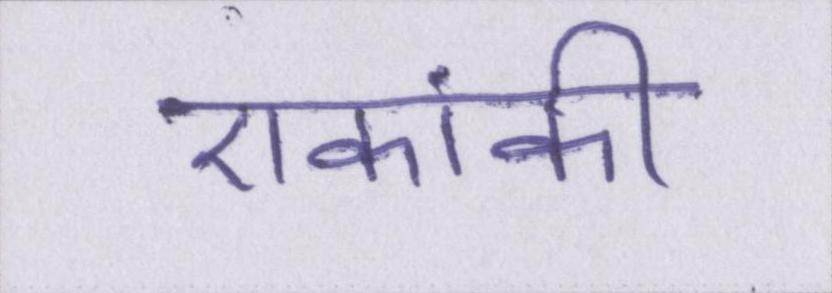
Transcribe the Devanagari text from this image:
एकांकी